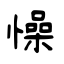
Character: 懆